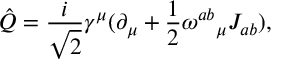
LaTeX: \hat { Q } = \frac { i } { \sqrt { 2 } } \gamma ^ { \mu } ( \partial _ { \mu } + \frac { 1 } { 2 } { \omega ^ { a b } } _ { \mu } J _ { a b } ) ,